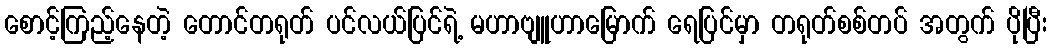
စောင့်ကြည့်နေတဲ့ တောင်တရုတ် ပင်လယ်ပြင်ရဲ့ မဟာဗျူဟာမြောက် ရေပြင်မှာ တရုတ်စစ်တပ် အတွက် ပိုပြီး